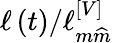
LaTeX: \ell\left(t\right)/\ell_{m\widehat{m}}^{\left[V\right]}